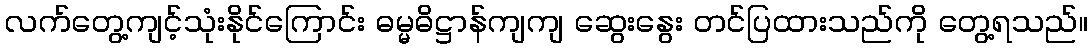
လက်တွေ့ကျင့်သုံးနိုင်ကြောင်း ဓမ္မဓိဋ္ဌာန်ကျကျ ဆွေးနွေး တင်ပြထားသည်ကို တွေ့ရသည်။